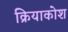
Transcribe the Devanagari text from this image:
क्रियाकोश